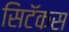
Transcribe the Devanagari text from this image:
सिटॅकस